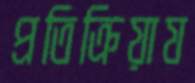
প্রতিক্রিয়ায